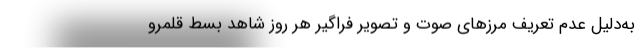
به‌دلیل عدم تعریف مرزهای صوت و تصویر فراگیر هر روز شاهد بسط قلمرو